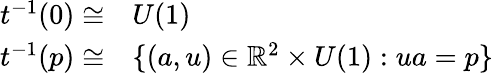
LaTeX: \begin{array}{rl}{t^{-1}(0)\cong}&{{}U(1)}\\ {t^{-1}(p)\cong}&{{}\{ (a,u)\in\mathbb{R}^{2}\times U(1):ua=p\} }\end{array}